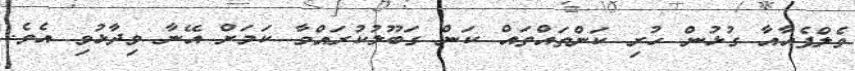
ވެލްފެއާއާ ގުޅުން ހުރި ކަންތައްތައް ކަން ގަބޫލުކުރައްވާ ކަމަށް އޭނާ ވިދާޅުވި އެެވެ.